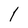
Character: 1